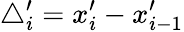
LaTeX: \triangle_{i}^{\prime}=x_{i}^{\prime}-x_{i-1}^{\prime}